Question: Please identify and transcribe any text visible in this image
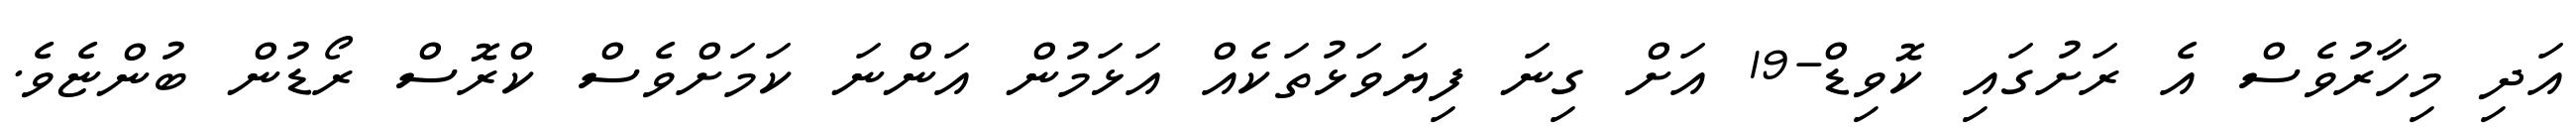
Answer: އަދި މިހާރުވެސް އެ ރަށުގައި ކޮވިޑް-19 އަށް ގިނަ ފިޔަވަޅުތަކެއް އަޅަމުން އަންނަ ކަމަށްވެސް ކްރޮސް ރޯޑުން ބުންޏެވެ.